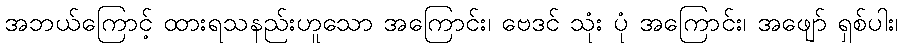
အဘယ်ကြောင့် ထားရသနည်းဟူသော အကြောင်း၊ ဗေဒင် သုံး ပုံ အကြောင်း၊ အဖျော် ရှစ်ပါး၊